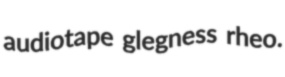
audiotape glegness rheo.